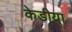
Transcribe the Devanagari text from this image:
केडीया